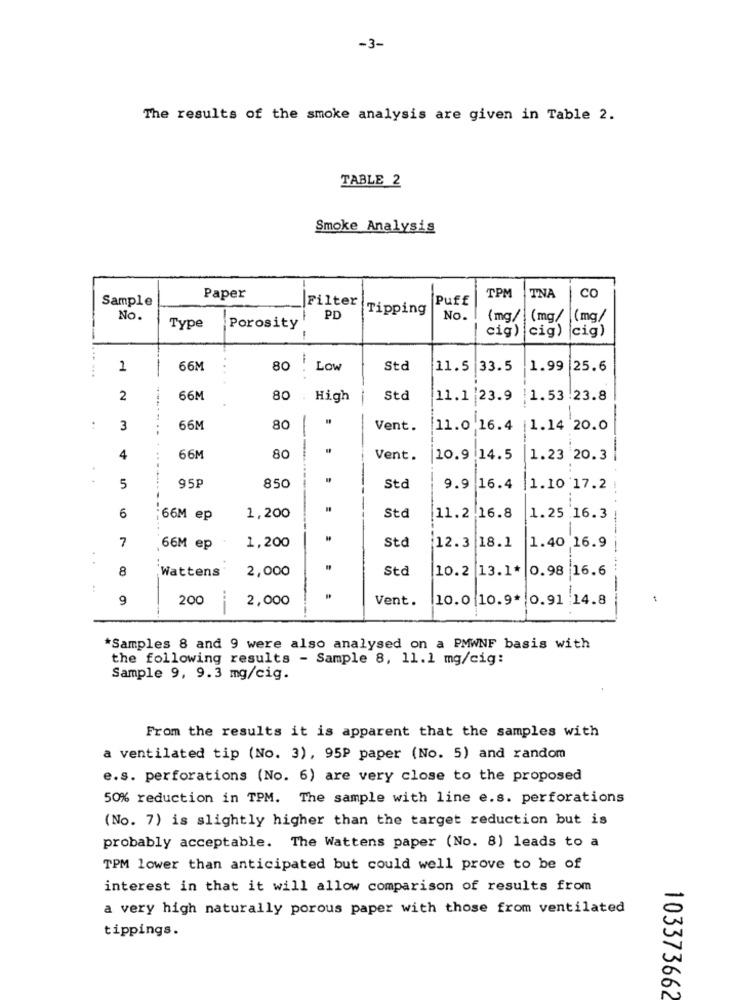
-3-
The results of the smoke analysis are given in Table 2.
TABLE 2
Smoke Analysis
-
TPM
CO
Sample
Paper
Filter
Puff
TNA
Tipping
No.
PD
No.
(mg/ (mg/
(mg/
Type
Porosity
cia)
iciq)
(cig)
-
80
1
66M
Low
Std
11.5
|33.5
1.99
25.6
2
66M
80 .High
-
Std
11.1 23.9
|1.53.23.8
..
3
66M
80
Vent.
11.0.16.4
1.14 20.0
4
66M
80
Vent.
10.9 14.5
1.23 20.3
5
95P
850
Std
9.9
16.4
1.10 17.2
6
66M ep
1,200
Std
11.2.16.8
1.25.16.3
Std
12.3 18.1
1.40 16.9
7
66M ep
1,200
8
Wattens
2,000
Std
10.2 13.1*
0.98 16.6
:
9
200
2,000
Vent.
10.0 10.9* 0.91 :14.8
*Samples 8 and 9 were also analysed on a PMWNF basis with
the following results - Sample 8, 11.1 mg/cig:
Sample 9, 9.3 mg/cig.
From the results it is apparent that the samples with
a ventilated tip (No. 3), 95P paper (No. 5) and random
e.s. perforations (No. 6) are very close to the proposed
50% reduction in TPM. The sample with line e.s. perforations
(No. 7) is slightly higher than the target reduction but is
probably acceptable. The Wattens paper (No. 8) leads to a
TPM lower than anticipated but could well prove to be of
interest in that it will allow comparison of results from
a very high naturally porous paper with those from ventilated
tippings.
103373662